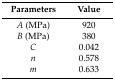
<table><thead><tr><td><b>Parameters</b></td><td><b>Value</b></td></tr></thead><tbody><tr><td><i>A</i> (MPa)</td><td>920</td></tr><tr><td><i>B</i> (MPa)</td><td>380</td></tr><tr><td><i>C</i></td><td>0.042</td></tr><tr><td><i>n</i></td><td>0.578</td></tr><tr><td><i>m</i></td><td>0.633</td></tr></tbody></table>